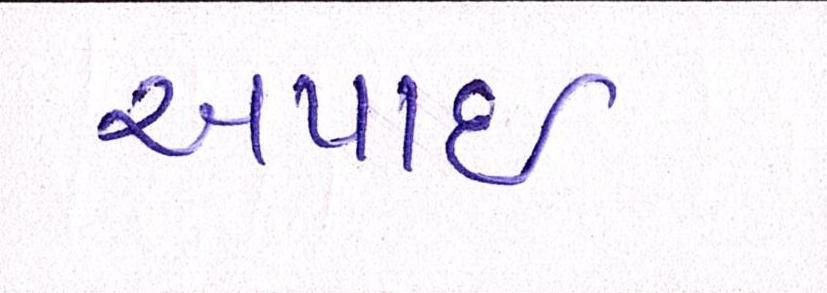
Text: અપાઇ